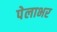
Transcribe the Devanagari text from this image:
पेलाभर